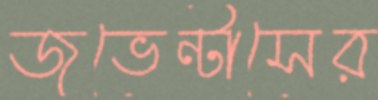
জুভেন্টাসের